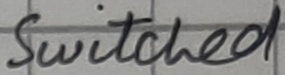
Text: Switched